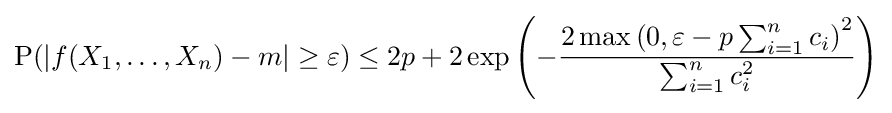
{\text{P}}(|f(X_{1},\ldots ,X_{n})-m|\geq \varepsilon )\leq 2p+2\exp \left(-{\frac {2\max \left(0,\varepsilon -p\sum _{i=1}^{n}c_{i}\right)^{2}}{\sum _{i=1}^{n}c_{i}^{2}}}\right)